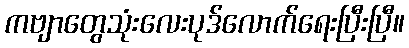
ကဗျာတွေသုံးလေးပုဒ်လောက်ရေးပြီးပြီ။